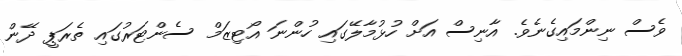
ވެސް ނިންމައިގެނެވެ. އާނިސް އަށް ހުޅުމާލޭގައި ހުންނަ އޯޓިޒަމް ސެންޓަރުގައި ތެރަޕީ ދޭން